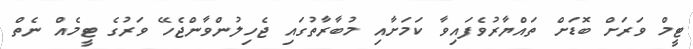
ޓީމް ވަރަށް ބޮޑަށް ތައްޔާރުވެފައިވާ ކަމަށާއި މުބާރާތުގައި ޖެހިލުންވާންޖެހޭ ވަރުގެ ޓީމެއް ނެތް